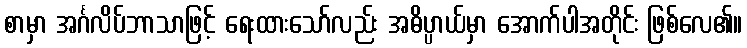
စာမှာ အင်္ဂလိပ်ဘာသာဖြင့် ရေးထားသော်လည်း အဓိပ္ပာယ်မှာ အောက်ပါအတိုင်း ဖြစ်လေ၏။